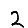
Digit: 2